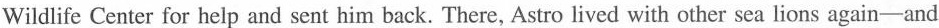
Wildlife Center for help and sent him back. There, Astro lived with other sea lions again—and